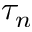
\tau _ { n }